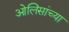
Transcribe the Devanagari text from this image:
ओलिसांच्या